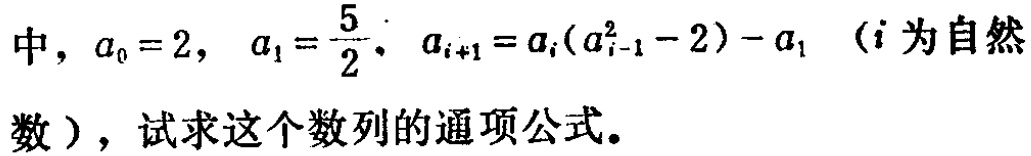
中，\(a_{0}=2\)，\(a_{1}=\frac{5}{2}\)，\(a_{i + 1}=a_{i}(a_{i - 1}^{2}-2)-a_{1}\)（\(i\)为自然数），试求这个数列的通项公式。